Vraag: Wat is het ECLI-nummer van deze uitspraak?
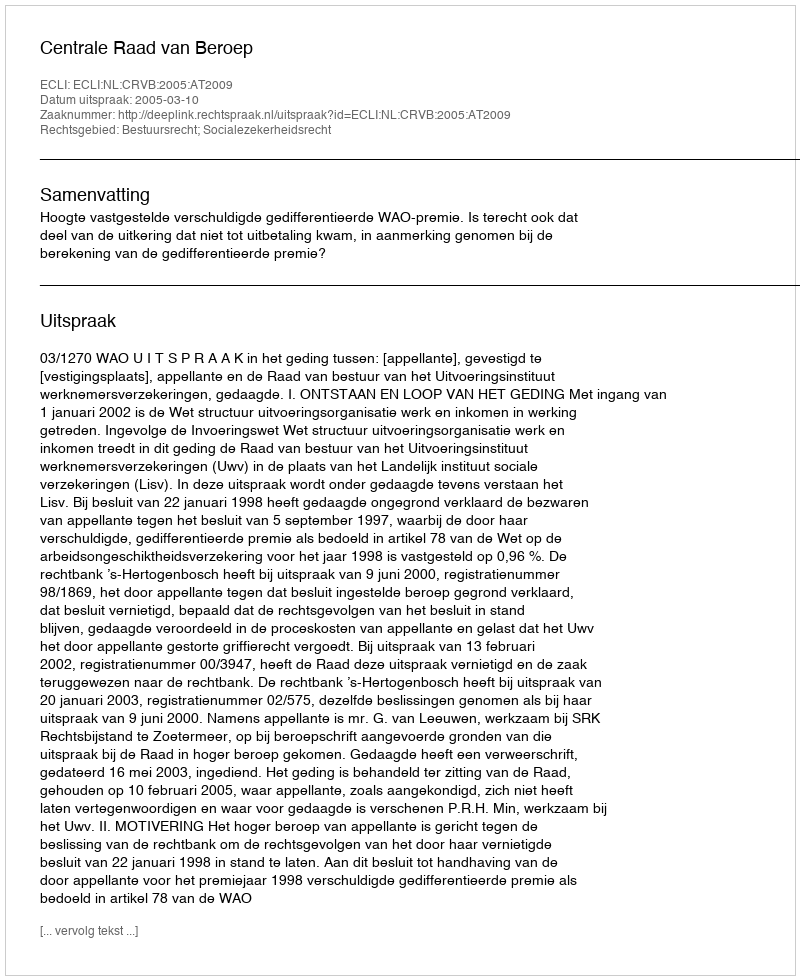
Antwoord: ECLI:NL:CRVB:2005:AT2009